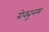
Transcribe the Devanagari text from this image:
ग्रेक्यूनस